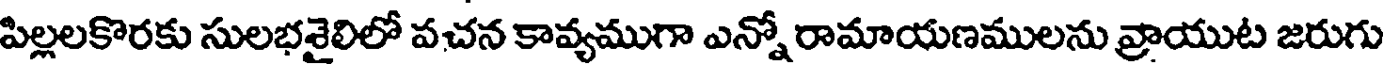
పిల్లలకొరకు సులభశైలిలో వచన కావ్యముగా ఎన్నో రామాయణములను వ్రాయుట జరుగు